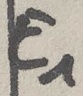
Text: E1